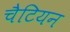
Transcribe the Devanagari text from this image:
चैटियन